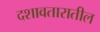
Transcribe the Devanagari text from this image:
दशावतारातील